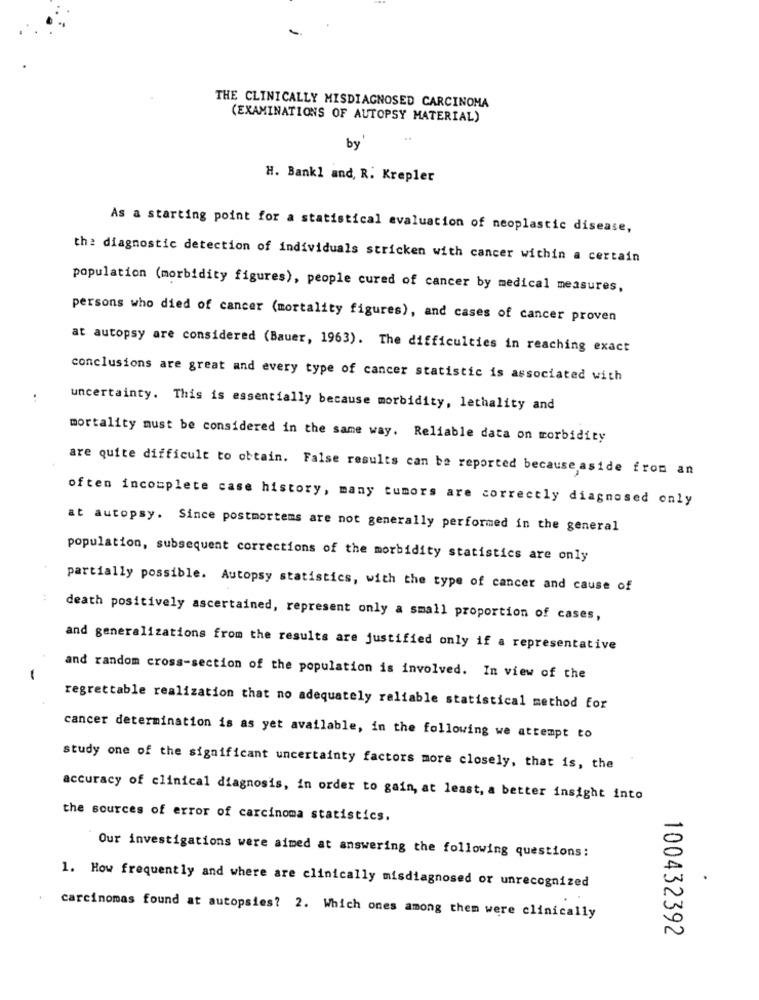
THE CLINICALLY MISDIAGNOSED CARCINOMA
(EXAMINATIONS OF AUTOPSY MATERIAL)
by
H. Bank1 and, R. Krepler
As a starting point for a statistical evaluation of neoplastic disease,
the diagnostic detection of individuals stricken with cancer within a certain
population (morbidity figures), people cured of cancer by medical measures,
persons who died of cancer (mortality figures), and cases of cancer proven
at autopsy are considered (Bauer, 1963). The difficulties in reaching exact
conclusions are great and every type of cancer statistic is associated with
uncertainty. This is essentially because morbidity, lethality and
mortality must be considered in the same way. Reliable data on morbidity
are quite difficult to obtain. False results can be reported because aside from an
often incomplete case history, many tumors are correctly diagnosed only
at autopsy. Since postmortems are not generally performed in the general
population, subsequent corrections of the morbidity statistics are only
partially possible. Autopsy statistics, with the type of cancer and cause of
death positively ascertained, represent only a small proportion of cases,
and generalizations from the results are justified only if a representative
and random cross-section of the population is involved. In view of the
regrettable realization that no adequately reliable statistical method for
cancer determination is as yet available, in the following we attempt to
study one of the significant uncertainty factors more closely, that is, the
accuracy of clinical diagnosis, in order to gain, at least, a better insight into
the sources of error of carcinoma statistics.
Our investigations were aimed at answering the following questions:
1. How frequently and where are clinically misdiagnosed or unrecognized
carcinomas found at autopsies? 2. Which ones among them were clinically
100432392